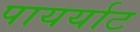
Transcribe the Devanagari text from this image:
पायर्याट